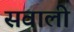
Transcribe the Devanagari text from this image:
सवाली